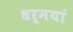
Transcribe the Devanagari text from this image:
धर्मयां